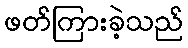
ဖတ်ကြားခဲ့သည်